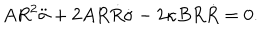
A R ^ { 2 } \ddot { \sigma } + 2 A R \dot { R } \dot { \sigma } - 2 \kappa B R \dot { R } = 0 .